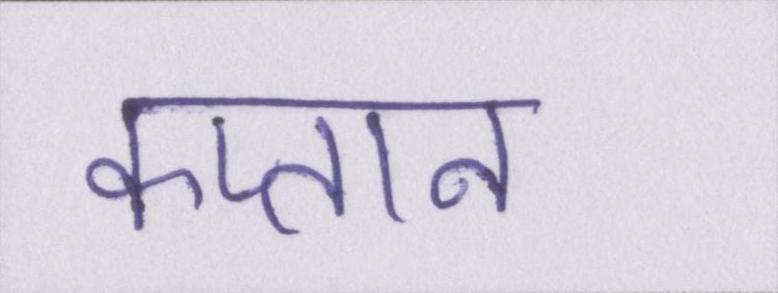
कप्तान